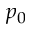
p _ { 0 }